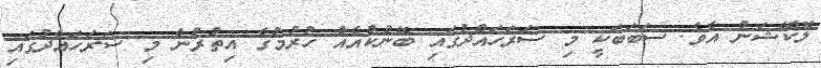
ލޮކޭޝަން އެވެ. ސަބަބަކީ މި ސަރަހައްދުގައި ބޭންކްއެއް ހުރުމުގެ އިތުރުން މި ސަރަހައްދުގައި